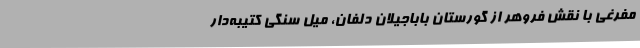
مفرغی با نقش فروهر از گورستان باباجیلان دلفان، میل سنگی کتیبه‌دار